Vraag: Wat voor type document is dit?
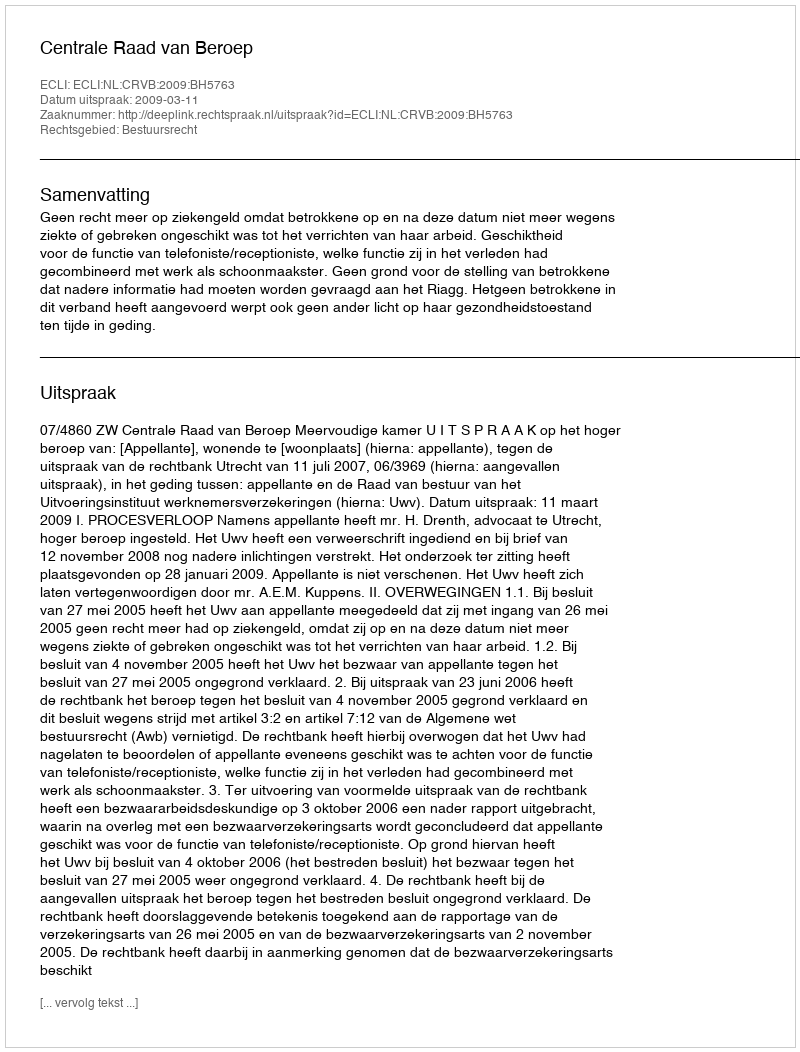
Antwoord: Uitspraak